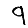
Digit: 9